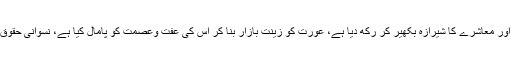
وہ تہذیب جس نے انسان کو اس کے مقام سے گرادیا ہے، خاندان اور معاشرے کا شیرازہ بکھیر کر رکھ دیا ہے، عورت کو زینت بازار بنا کر اس کی عفت وعصمت کو پامال کیا ہے، نسوانی حقوق اور آزادی کے نام پر اسے اپنی حرص و ہوس کا نشانہ بنایا ہے۔